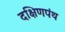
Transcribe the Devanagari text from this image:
दक्षिणपंथ